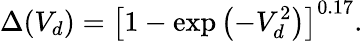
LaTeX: \Delta(V_{d})=\left[1-\exp\left(-V_{d}^{2}\right)\right]^{0.17}.